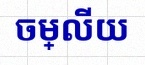
ចម្លើយ